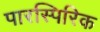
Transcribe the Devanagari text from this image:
पारस्पिरिक